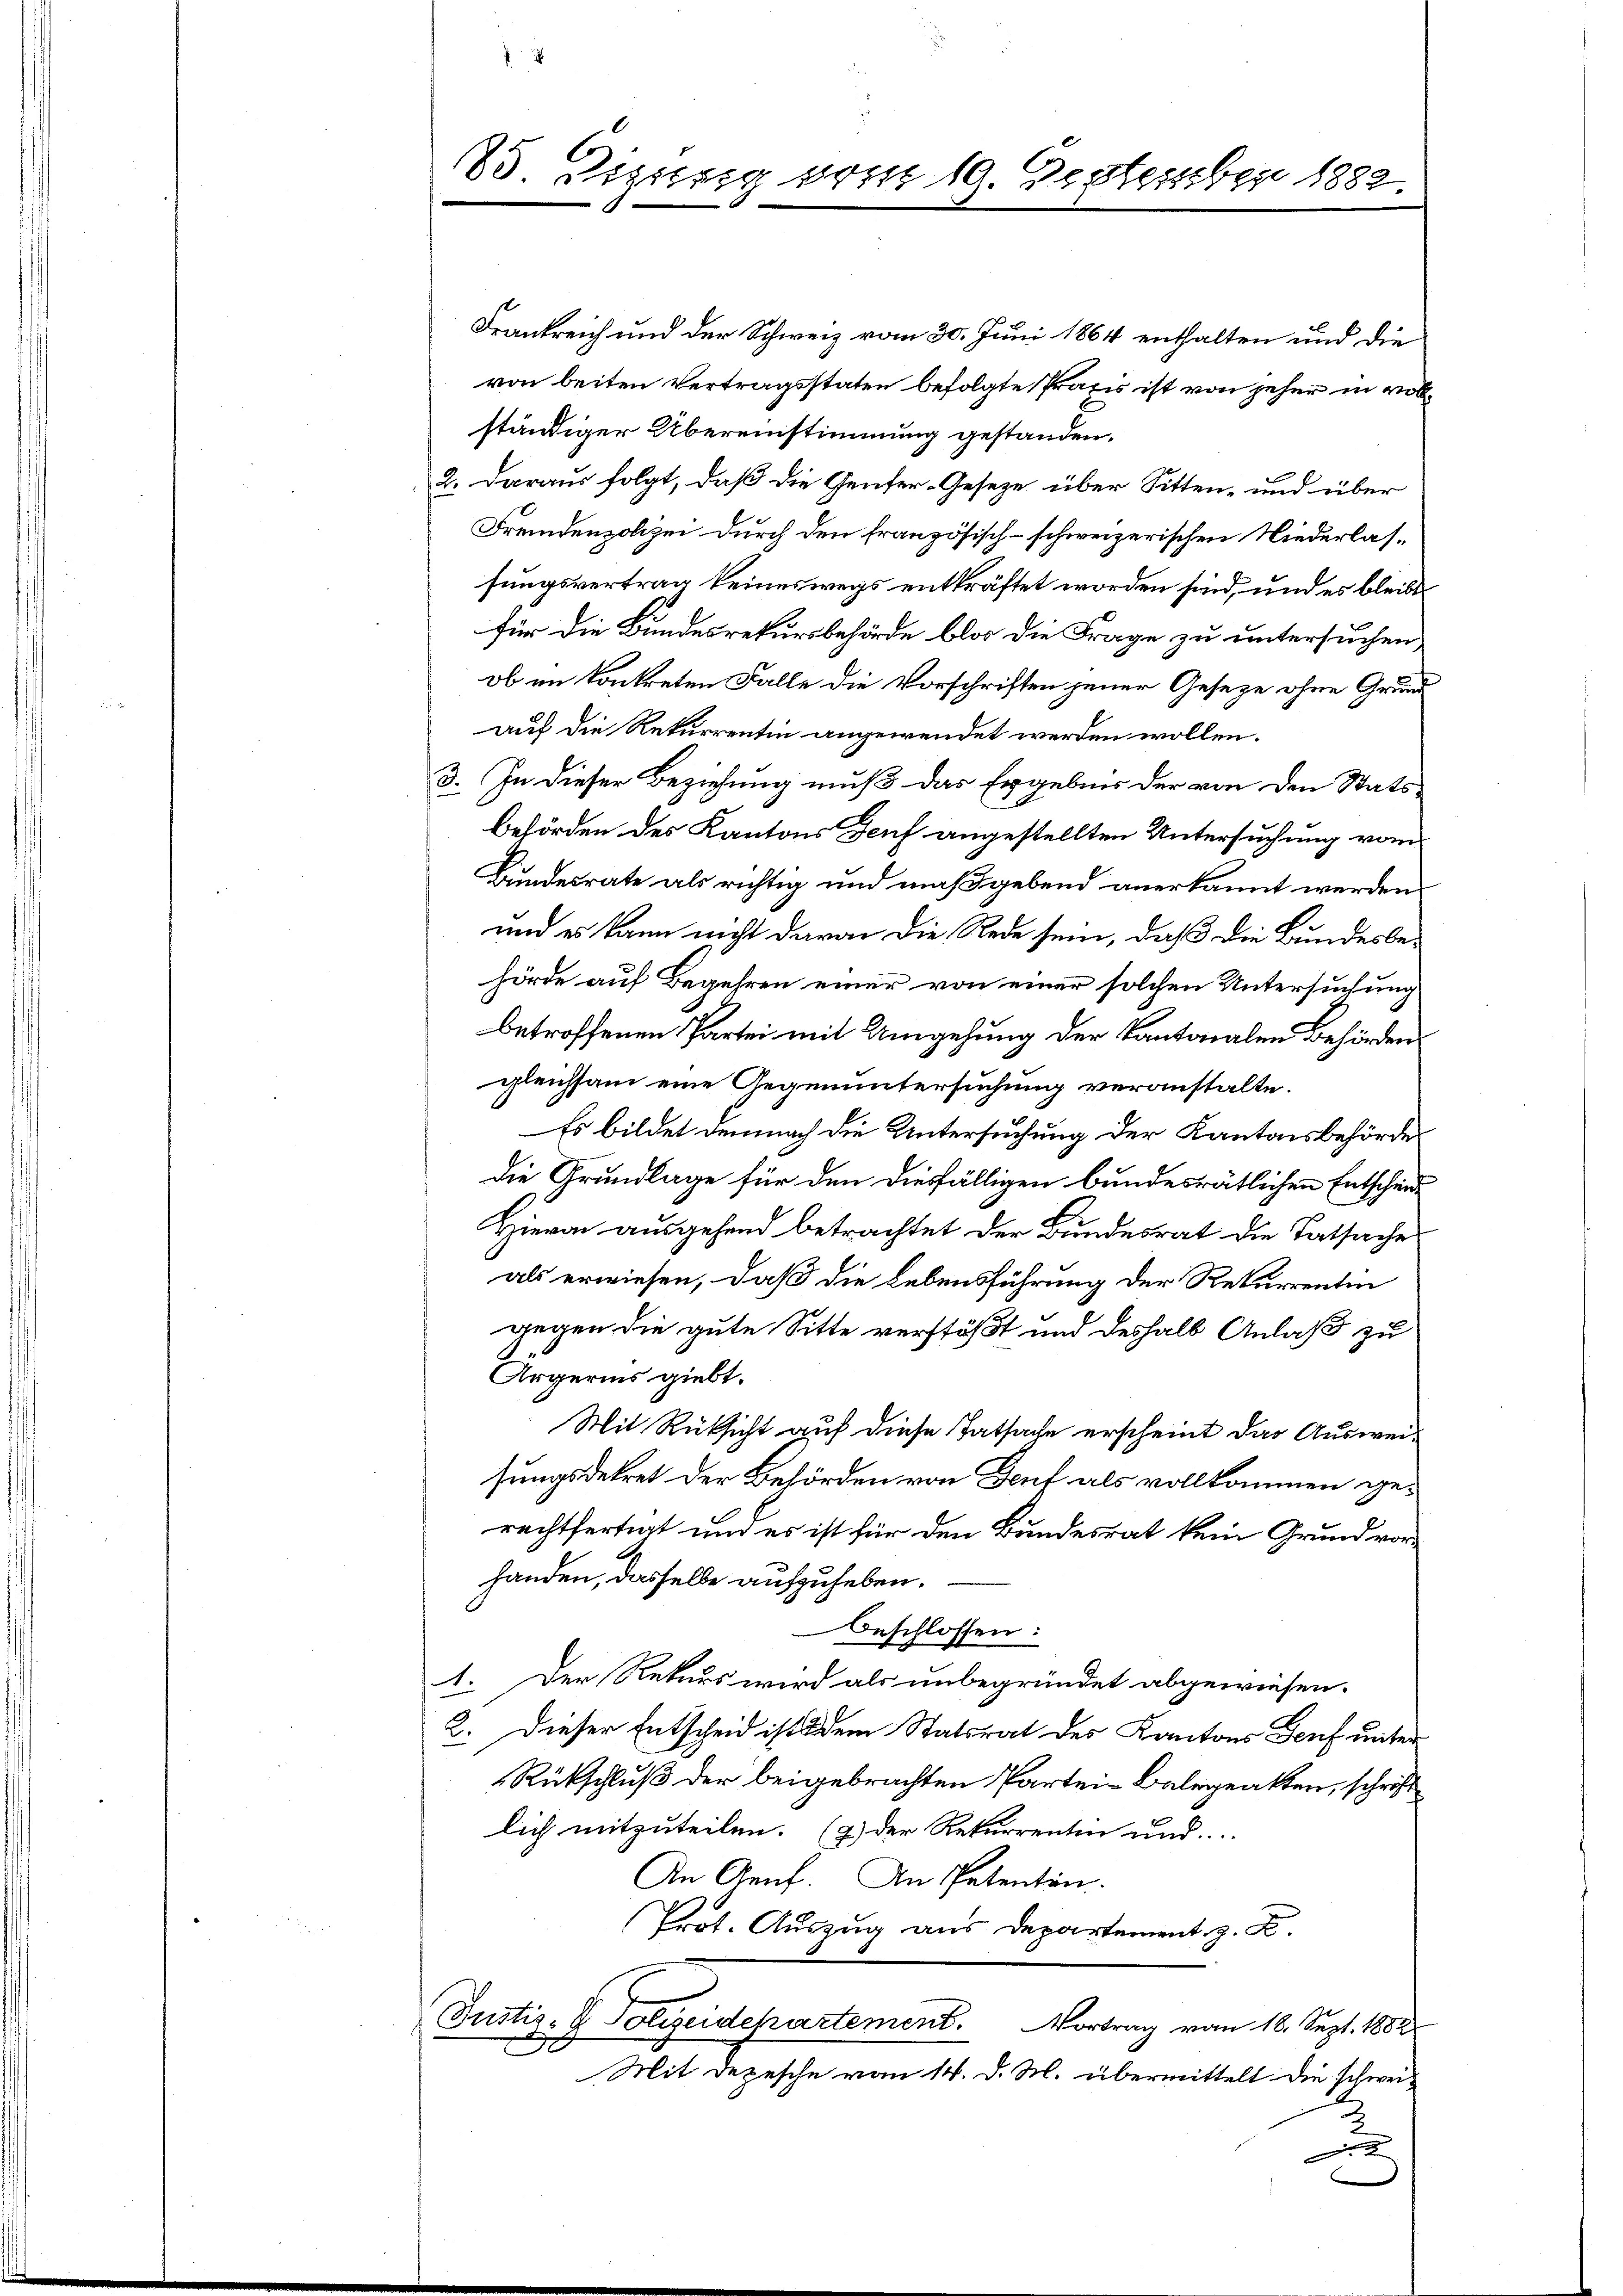
83. Vizig vom 19. September 1882.

Frankreich und der Schweiz vom 30. Juni 1864 enthalten und die
von beiten Vertragsstaten befolgte Praxis ist von jeher in vollständiger Übereinstimmung gestanden.
2. daraus folgt, daß die Genfer-Geseze über Sitten- und über
Fremdenpolizei durch den französisch-schweizerischen Niederlassungsvertrag keineswegs entkräftet worden sind, und es bleibt
für die Bundesrekursbehörde blos die Frage zu untersuchen,
ob im kontreten Falle die Vorschriften jener Geseze ohne Grund
auf die Rekurrentin angewendet werden wollen.
3. In dieser Beziehung muß das Ergebnis der von den Stats¬
Behörden des Kantons Genf angestellten Untersuchung vom
Bundesrate als richtig und maßgebend anerkannt werden
und es kann nicht davon die Rede sein, daß die Bundesbehörde auf Begehren einer von einer solchen Untersuchung
betroffenen Partei mit Umgehung der Kantonalen Behörden.
gleichsam eine Gegenuntersuchung veranstalte.
Es bildet demnach die Untersuchung der Kantonsbehörde
die Grundlage für den diesfälligen bundesrätlichen Entscheid
Hievon ausgehend betrachtet der Bundesrat die Tatsache
als erwiesen, daß die Lebensführung der Rekurrenten
gegen die gute Sitte verstößt und deshalb Anlaß zu
Ärgerins giebt.
Mit Rücksicht auf diese Tatsache erscheint das Ausweisungsdekret der Behörden von Dorf als vollkommen gerechtfertigt und es ist für den Bundesrat kein Grund vorhanden, dasselbe aufzuheben.
beschlossen:
1. Der Rekurs wird als unbegründet abgewiesen.
2. Dieser Entscheid ist dem Statsrat des Kantons Genf unter
Rückschluß der beigebrachten Partei-Belegeakten, schrift
lich mitzuteilen. (2.) Der Rekurrenten und
An Genf. An Petenten.
Prot. Auszug aus Departement z. B.
Justiz- & Polizeidepartement. Vortrag vom 16. Sept. 1882
Mit Depesche vom 14. d. M. übermittelt. Die schwei¬
2